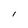
Character: I